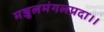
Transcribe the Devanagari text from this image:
मञ्जुलमंगलप्रदा।।